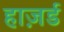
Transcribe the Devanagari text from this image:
हाज़र्ड